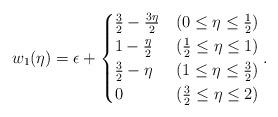
LaTeX: \begin{align*} w_1(\eta) = \epsilon+ \begin{cases} \frac{3}{2}-\frac{3\eta}{2} & (0\leq\eta\leq\frac{1}{2})\\ 1-\frac{\eta}{2} & (\frac{1}{2}\leq\eta\leq 1)\\ \frac{3}{2}-\eta & (1\leq\eta\leq\frac{3}{2})\\ 0 & (\frac{3}{2}\leq\eta\leq 2) \end{cases} .\end{align*}